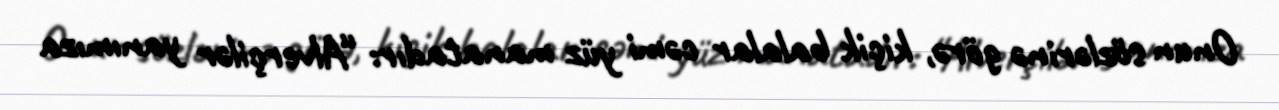
Onun sözlərinə görə, kiçik balalar cəmi yüz manatadır: “Alverçilər yanımıza